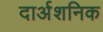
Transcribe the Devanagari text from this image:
दार्अशनिक